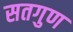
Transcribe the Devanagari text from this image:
सतगुण